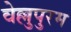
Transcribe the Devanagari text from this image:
वेल्लुपुरम